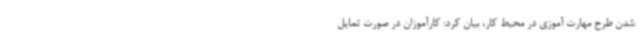
شدن طرح مهارت آموزی در محیط کار، بیان کرد: کارآموزان در صورت تمایل